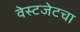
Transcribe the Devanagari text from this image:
वेस्टजेटचा